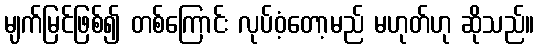
မျက်မြင်ဖြစ်၍ တစ်ကြောင်း လုပ်ဝံ့တော့မည် မဟုတ်ဟု ဆိုသည်။